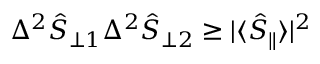
\Delta ^ { 2 } \hat { S } _ { \perp 1 } \Delta ^ { 2 } \hat { S } _ { \perp 2 } \geq | \langle \hat { S } _ { \parallel } \rangle | ^ { 2 }